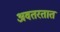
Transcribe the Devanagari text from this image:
अवतरतात